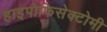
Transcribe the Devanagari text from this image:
हाइपोफिसेक्टोमी